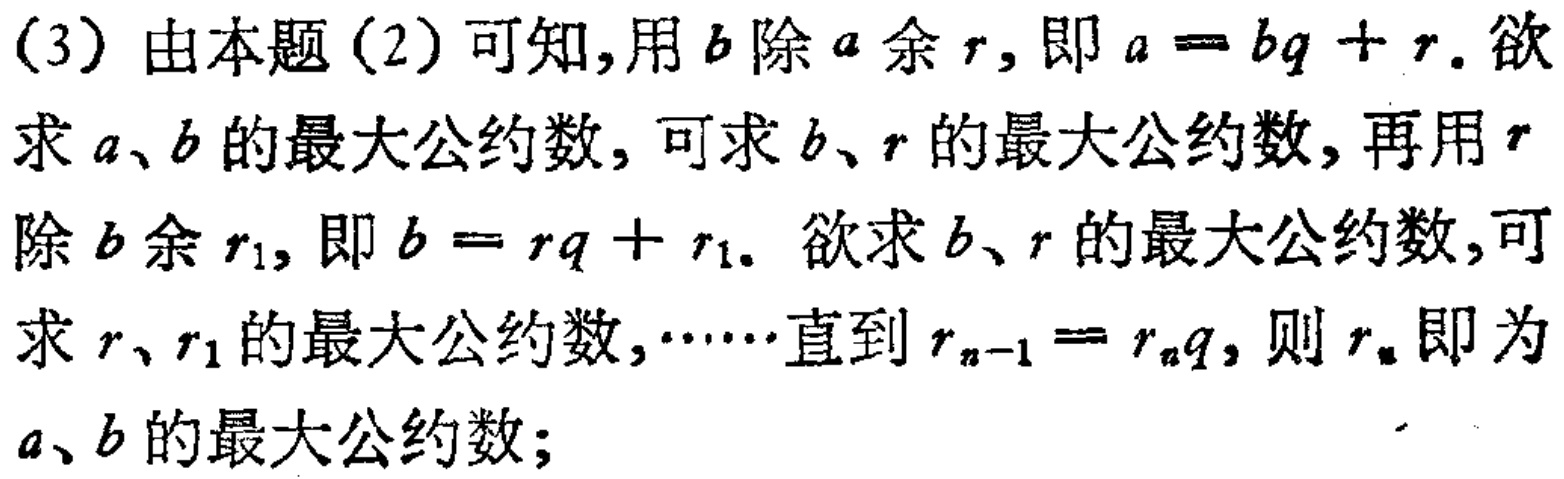
(3) 由本题 (2) 可知,用 \(b\) 除 \(a\) 余 \(r\), 即 \(a = bq + r\). 欲求 \(a\)、\(b\) 的最大公约数, 可求 \(b\)、\(r\) 的最大公约数, 再用 \(r\) 除 \(b\) 余 \(r_1\), 即 \(b = rq + r_1\). 欲求 \(b\)、\(r\) 的最大公约数,可求 \(r\)、\(r_1\) 的最大公约数, \(\cdots\cdots\) 直到 \(r_{n - 1}=r_{n}q\), 则 \(r_{n}\) 即为 \(a\)、\(b\) 的最大公约数;